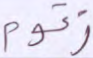
زقوم